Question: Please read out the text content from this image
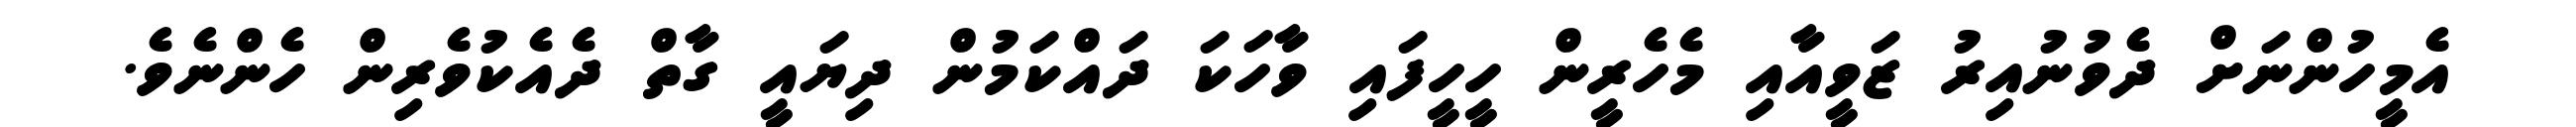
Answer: އެމީހުންނަށް ދެވުނުއިރު ޒަވީއާއި މެހެރީން ހީހީފައި ވާހަކަ ދައްކަމުން ދިޔައީ ގާތް ދެއެކުވެރިން ހެންނެވެ.